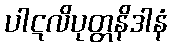
ပါဋလိပုတ္တနိဒါနံ